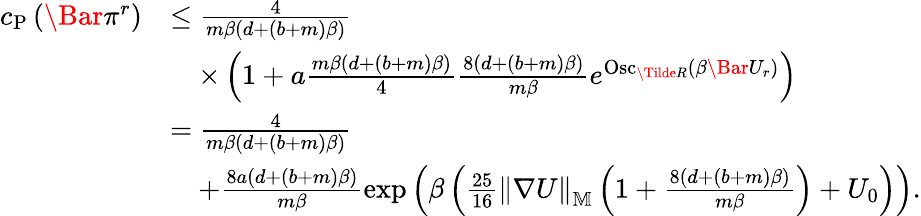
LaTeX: \begin{array}{rl}{c_{\mathrm{P}}\left(\Bar{\pi}^{r}\right)}&{\le\frac{4}{m\beta\left(d+\left(b+m\right)\beta\right)}}\\ &{\quad\times\left(1+a\frac{m\beta\left(d+\left(b+m\right)\beta\right)}{4}\frac{8\left(d+\left(b+m\right)\beta\right)}{m\beta}e^{\mathrm{Osc}_{\Tilde{R}}\left(\beta\Bar{U}_{r}\right)}\right)}\\ &{=\frac{4}{m\beta\left(d+\left(b+m\right)\beta\right)}}\\ &{\quad+\frac{8a\left(d+\left(b+m\right)\beta\right)}{m\beta}\exp\left(\beta\left(\frac{25}{16}\left\| \nabla U\right\| _{\mathbb{M}}\left(1+\frac{8\left(d+\left(b+m\right)\beta\right)}{m\beta}\right)+U_{0}\right)\right).}\end{array}